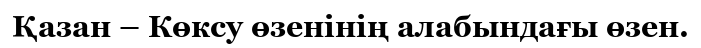
Қазан – Көксу өзенінің алабындағы өзен.